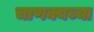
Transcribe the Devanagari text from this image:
चाणक्यच्या